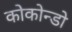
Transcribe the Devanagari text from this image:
कोकोन्डो